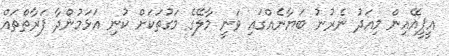
އީޕީއޭއިން މިއަދު ނެރުނު ބަޔާނެއްގައި ވަނީ މާލޭގެ މަގުތަކަށް ކުނި އަޅަމުންދާ ފަރާތްތައް